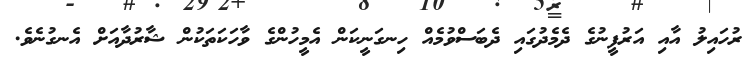
ރުހައިލު އާއި އަރުފީނުގެ ދެމެދުގައި ދެބަސްވުމެއް ހިނގަނީކަން އެމީހުންގެ ވާހަކަތަކުން ޝާރުދާއަށް އެނގުނެވެ.